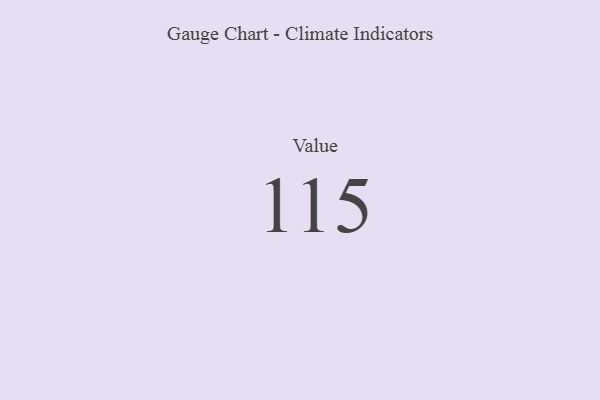
{"axis": {"x": "Metric", "y": "Value"}, "legend": [""], "data": [{"x": "Value", "y": 115, "type": ""}]}